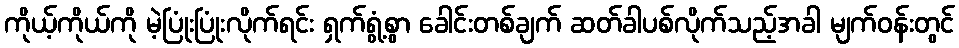
ကိုယ့်ကိုယ်ကို မဲ့ပြုံးပြုံးလိုက်ရင်း ရှက်ရွံ့စွာ ခေါင်းတစ်ချက် ဆတ်ခါပစ်လိုက်သည့်အခါ မျက်ဝန်းတွင်